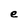
Character: e